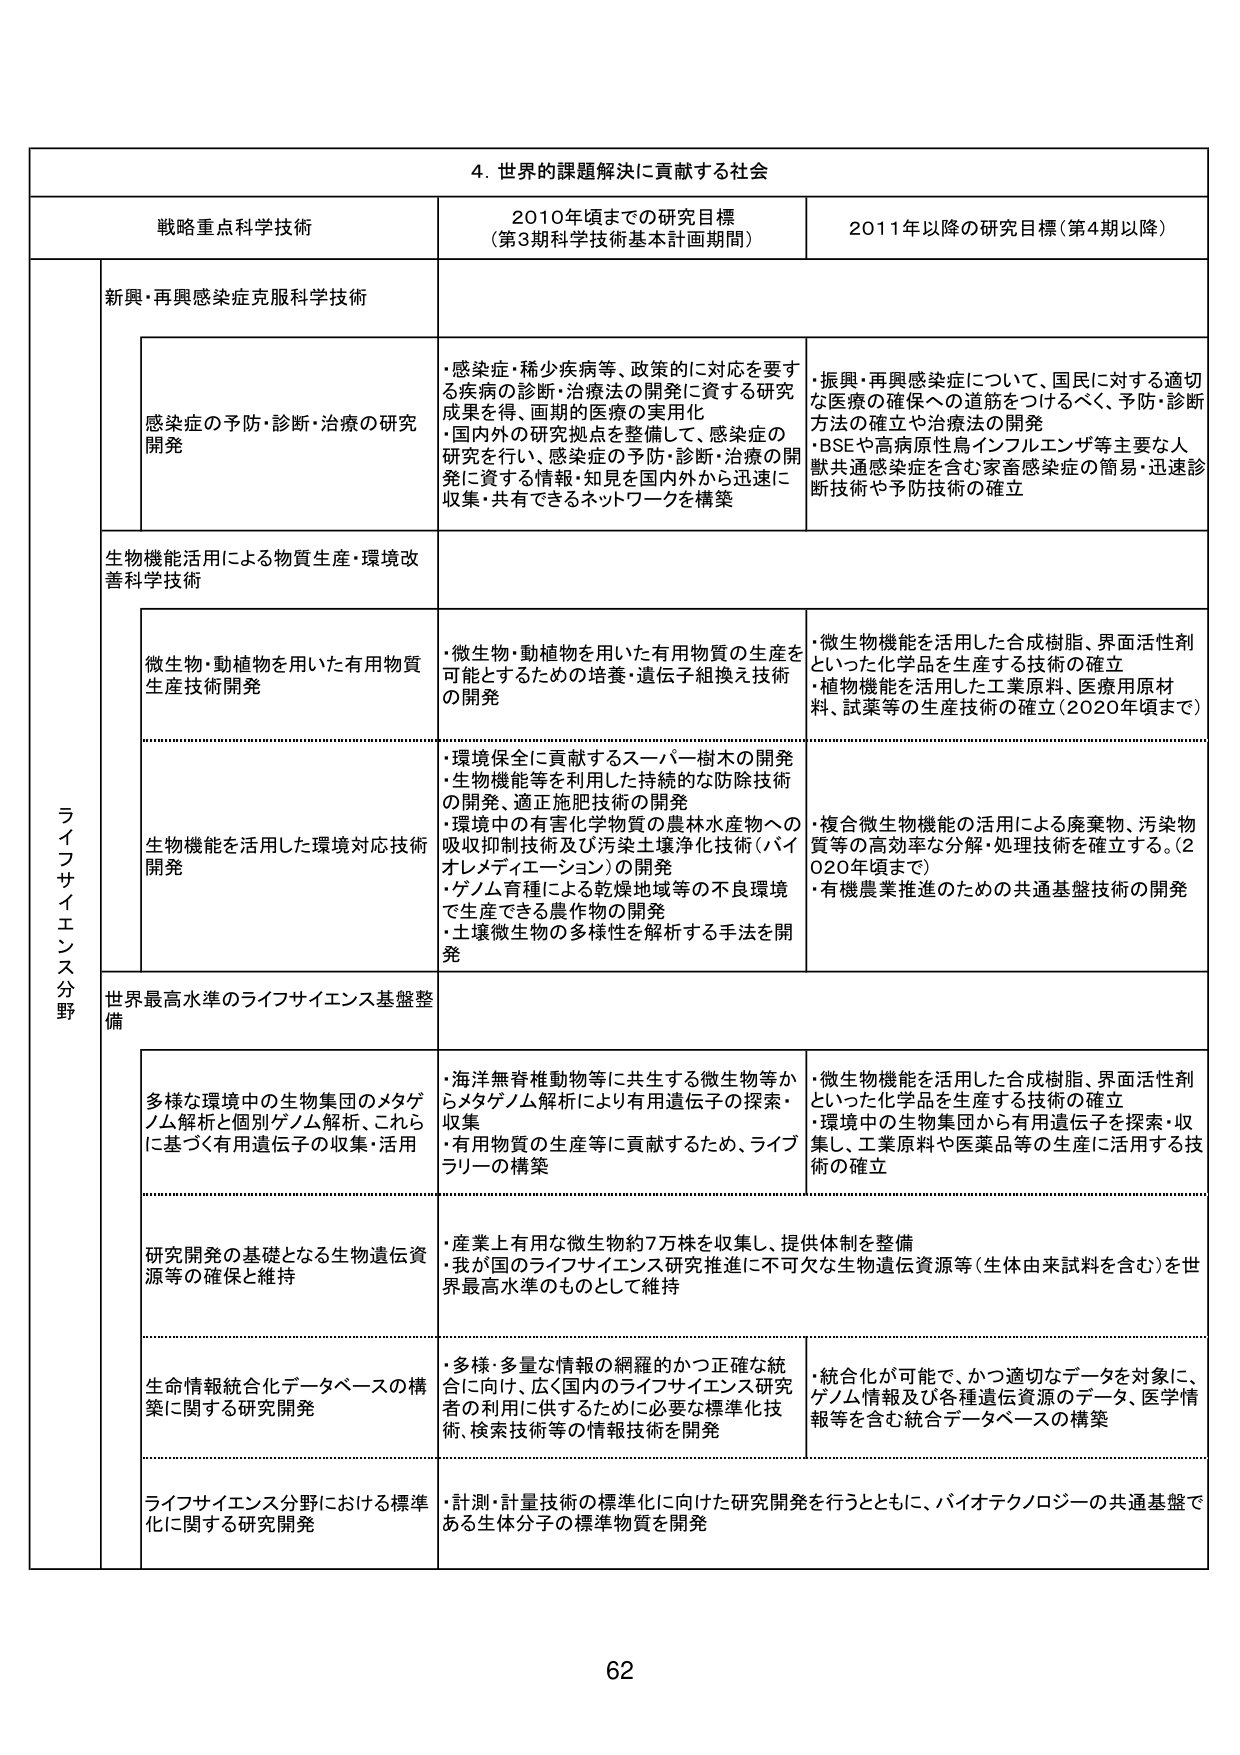
4. 世界の課題解決に貢献する社会

戦略重点科学技術 2010年頃までの研究目標 （第3期科学技術基本計画期間） 2011年以降の研究目標（第4期以降）

ライフサイエンス分野

新興・再興感染症克服科学技術

感染症の予防・診断・治療の研究開発
・感染症・稀少疾病等、政策的に対応を要する疾病の診断・治療法の開発に資する研究成果を得、画期的医療の実用化
・国内外の研究拠点を整備して、感染症の研究を行い、感染症の予防・診断・治療の開発に資する情報・知見を国内外から迅速に収集・共有できるネットワークを構築

・振興・再興感染症について、国民に対する適切な医療の確保への道筋をつけるべく、予防・診断方法の確立や治療法の開発
・BSEや高病原性鳥インフルエンザ等主要な人獣共通感染症を含む家畜感染症の簡易・迅速診断技術や予防技術の確立

生物機能活用による物質生産・環境改善科学技術

微生物・動植物を用いた有用物質生産技術開発
・微生物・動植物を用いた有用物質の生産を可能とするための培養・遺伝子組換え技術の開発

・微生物機能を活用した合成樹脂、界面活性剤といった化学品を生産する技術の確立
・植物機能を活用した工業原料、医療用原材料、試薬等の生産技術の確立（2020年頃まで）

生物機能を活用した環境対応技術開発
・環境保全に貢献するスーパー樹木の開発
・生物機能等を利用した持続的な防除技術の開発、適正施肥技術の開発
・環境中の有害化学物質の農林水産物への吸収抑制技術及び汚染土壌浄化技術（バイオレメディエーション）の開発
・ゲノム育種による乾燥地域等の不良環境で生産できる農作物の開発
・土壌微生物の多様性を解析する手法を開発

・複合微生物機能の活用による廃棄物、汚染物質等の高効率な分解・処理技術を確立する。（2020年頃まで）
・有機農業推進のための共通基盤技術の開発

世界最高水準のライフサイエンス基盤整備

多様な環境中の生物集団のメタゲノム解析と個別ゲノム解析、これらに基づく有用遺伝子の収集・活用
・海洋無脊椎動物等に共生する微生物等からメタゲノム解析により有用遺伝子の探索・収集
・有用物質の生産等に貢献するため、ライブラリーの構築

・微生物機能を活用した合成樹脂、界面活性剤といった化学品を生産する技術の確立
・環境中の生物集団から有用遺伝子を探索・収集し、工業原料や医薬品等の生産に活用する技術の確立

研究開発の基礎となる生物遺伝資源等の確保と維持
・産業上有用な微生物約7万株を収集し、提供体制を整備
・我が国のライフサイエンス研究推進に不可欠な生物遺伝資源等（生体由来試料を含む）を世界最高水準のものとして維持

生命情報統合化データベースの構築に関する研究開発
・多様・多量な情報の網羅的かつ正確な統合に向け、広く国内のライフサイエンス研究者の利用に供するために必要な標準化技術、検索技術等の情報技術を開発

・統合化が可能で、かつ適切なデータを対象に、ゲノム情報及び各種遺伝資源のデータ、医学情報等を含む統合データベースの構築

ライフサイエンス分野における標準化に関する研究開発
・計測・計量技術の標準化に向けた研究開発を行うとともに、バイオテクノロジーの共通基盤である生体分子の標準物質を開発

62